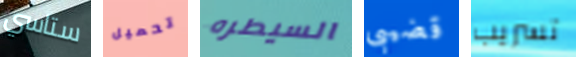
ستاسي تحميل السيطره قضيبى تسريب